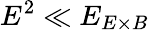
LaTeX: E^{2}\ll E_{E\times B}